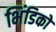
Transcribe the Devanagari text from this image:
भिंडिको